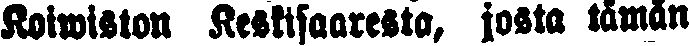
Koiwiston Keskisaaresto, josta tämän